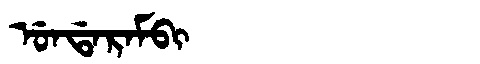
Manchu: ᡠᠨᡩᠠᡵᠠᠮᠪᡳ
Romanization: UNDARAMBI